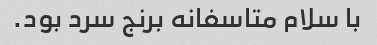
با سلام متاسفانه برنج سرد بود.